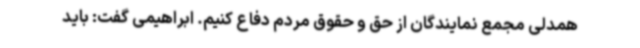
همدلی مجمع نمایندگان از حق و حقوق مردم دفاع کنیم. ابراهیمی گفت: باید